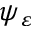
\psi _ { \varepsilon }